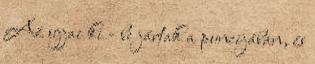
Az ujjai ki - be jártak a puncijában, és